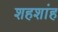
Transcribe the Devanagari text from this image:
शहशांह